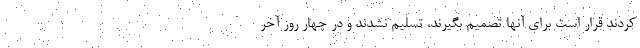
کردند قرار است برای آنها تصمیم بگیرند، تسلیم نشدند و در چهار روز آخر